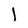
Character: 1